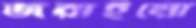
জরাইয়ো